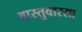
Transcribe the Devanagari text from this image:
वास्तुवारसा